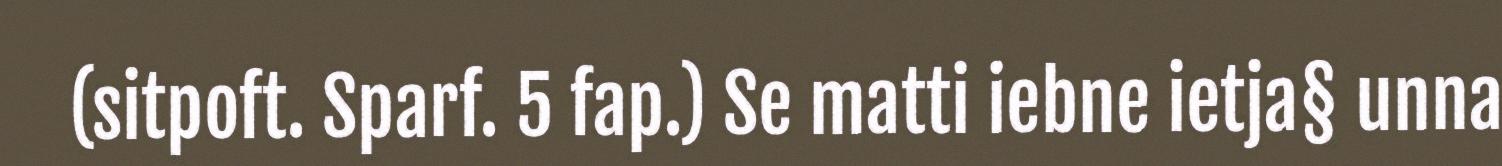
(sitpoft. Sparf. 5 fap.) Se matti iebne ietja§ unna